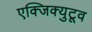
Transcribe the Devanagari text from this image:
एक्जिक्युटूव